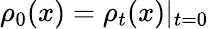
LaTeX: \rho_{0}(x)=\rho_{t}(x)|_{t=0}